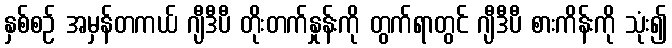
နှစ်စဉ် အမှန်တကယ် ဂျီဒီပီ တိုးတက်နှုန်းကို တွက်ရာတွင် ဂျီဒီပီ စားကိန်းကို သုံး၍